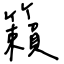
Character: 籟